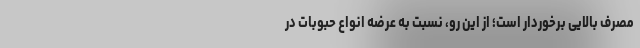
مصرف بالایی برخوردار است؛ از این رو، نسبت به عرضه انواع حبوبات در